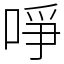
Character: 𠲜